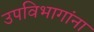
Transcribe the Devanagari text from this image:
उपविभागांना